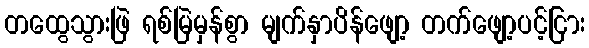
တထွေသွားဖြဲ ရစ်မြဲမှန်စွာ မျက်နှာပိန်ဖျော့ တက်ဖျော့ပင့်ငြား